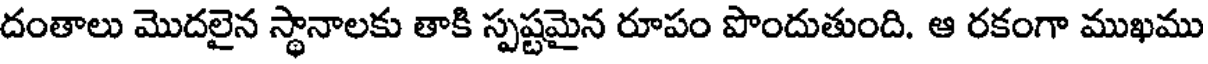
దంతాలు మొదలైన స్థానాలకు తాకి స్పష్టమైన రూపం పొందుతుంది. ఆ రకంగా ముఖము